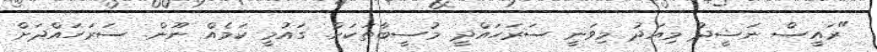
"ރައީސް ނަޝީދު މިއަދު މިވަނީ ސަރަހައްދީ މުސީބާތަކަށް. ގައުމީ ކަމެއް ނޫން. ސަރަހައްދަށް